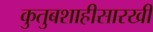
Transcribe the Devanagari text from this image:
कुतुबशाहीसारखी